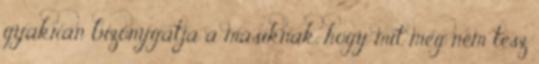
gyakran bizonygatja a másiknak, hogy mit meg nem tesz